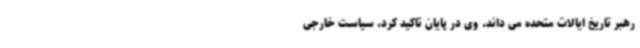
رهبر تاریخ ایالات متحده می داند. وی در پایان تاکید کرد، سیاست خارجی